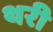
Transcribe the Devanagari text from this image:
थरी